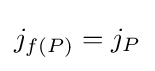
j_{f(P)}=j_{P}